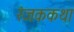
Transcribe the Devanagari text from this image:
रंजककथा